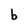
Character: b